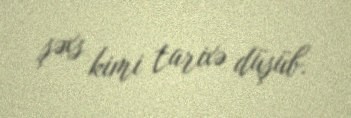
şəxs kimi tarixə düşüb.